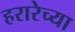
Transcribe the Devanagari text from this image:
हरारेच्या